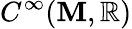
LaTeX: C^{\infty}(\mathbf{M},\mathbb{{R}})